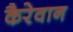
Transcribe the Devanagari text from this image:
कैरेवान